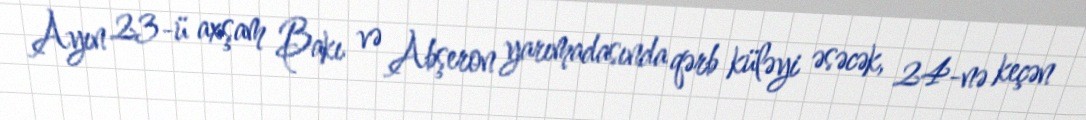
Ayın 23-ü axşam Bakı və Abşeron yarımadasında qərb küləyi əsəcək, 24-nə keçən